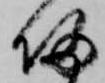
帰